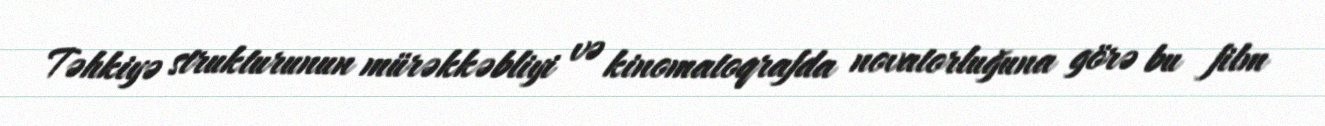
Təhkiyə strukturunun mürəkkəbliyi və kinomatoqrafda novatorluğuna görə bu film